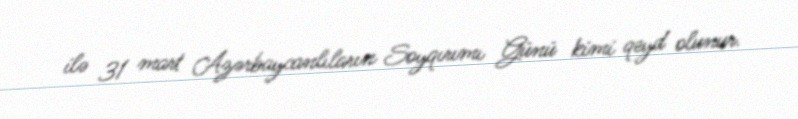
ilə 31 mart Azərbaycanlıların Soyqırımı Günü kimi qeyd olunur.